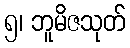
၅၊ ဘူမိဇသုတ်